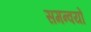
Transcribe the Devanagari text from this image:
समन्वयों